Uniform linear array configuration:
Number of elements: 32
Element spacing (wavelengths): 0.25
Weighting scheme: binomial
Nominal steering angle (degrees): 45
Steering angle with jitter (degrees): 45.258
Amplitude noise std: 0.05
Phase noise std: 0.05

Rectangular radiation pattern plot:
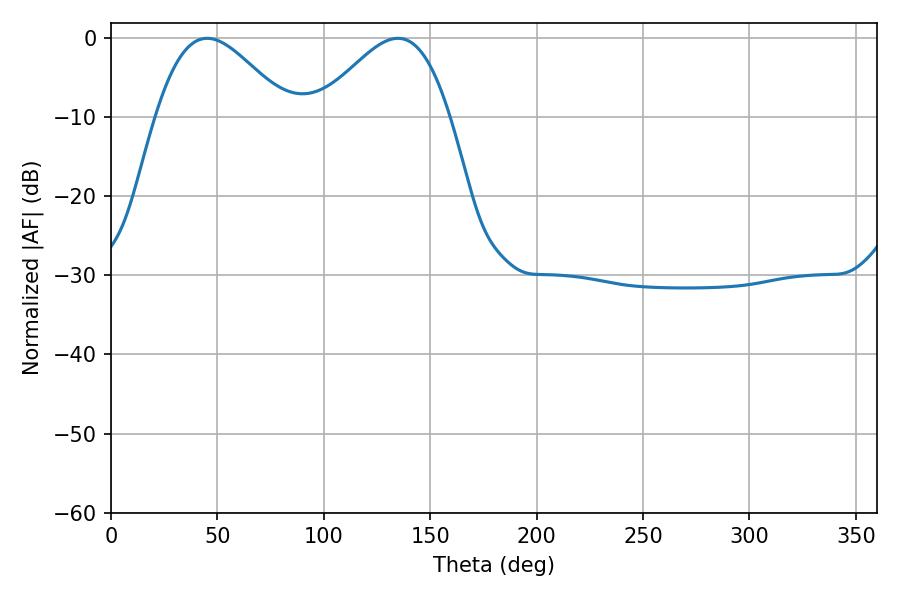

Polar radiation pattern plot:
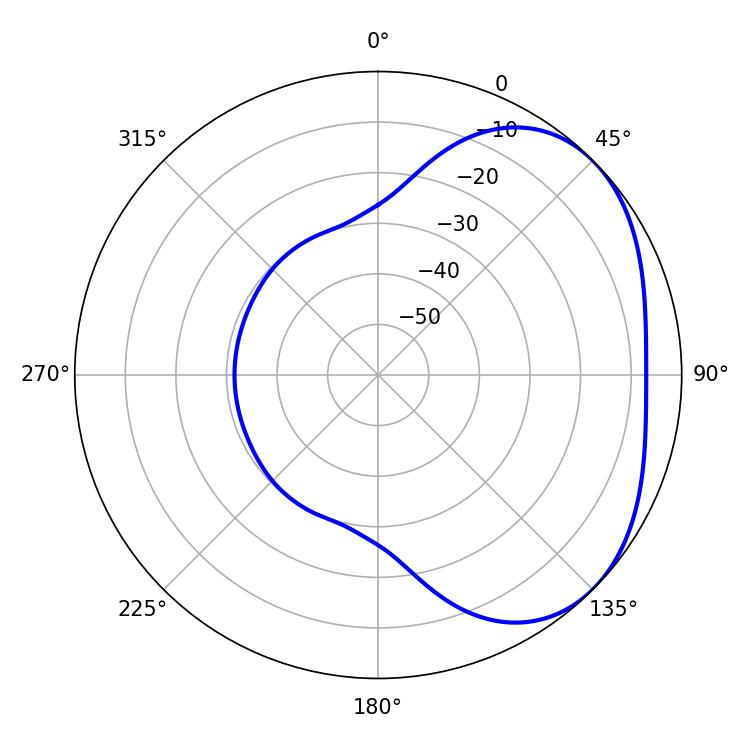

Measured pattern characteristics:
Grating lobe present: FALSE
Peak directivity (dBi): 3.138
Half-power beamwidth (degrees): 32.94
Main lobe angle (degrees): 45.18